Vaccination Hyderabad 1872-1889 - 1872-1889
Year: 1872
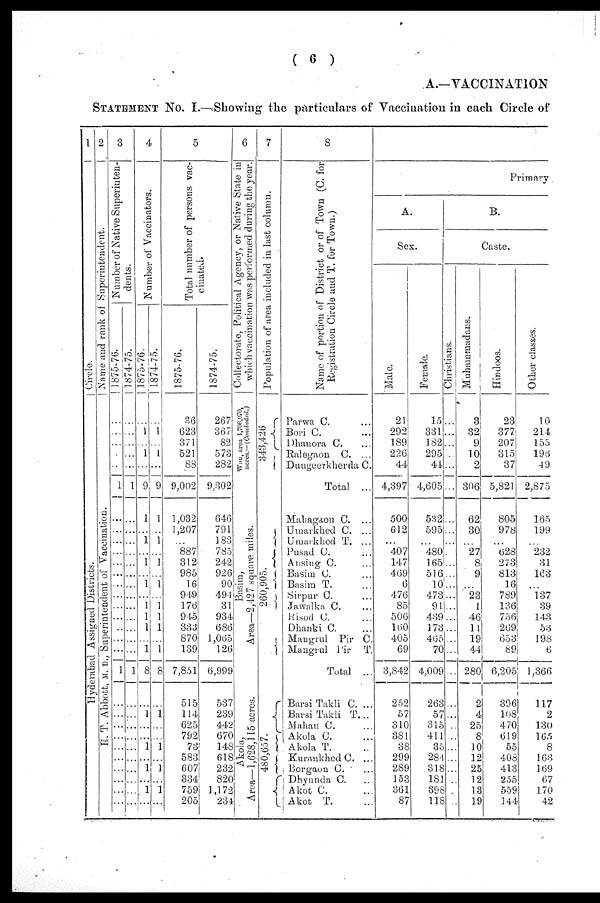
( 6 )
A.—VACCINATION
STATEMENT No. I.—Showing the particulars of Vaccination in each Circle of
1
Circle.
Hyderabad Assigned Districts.
2
Name and rank of Superintendent.
R. T. Abbott, H. D., Superintendent of Vaccination.
3
Number of Native Superinten-
dents.
1875-76.
...
...
...
...
...
1
...
...
...
...
...
...
...
...
...
...
...
...
...
1
...
...
...
...
...
...
...
...
...
...
1874-75.
...
...
...
...
...
1
...
...
...
...
...
...
...
...
...
...
...
...
...
1
...
...
...
...
...
...
...
...
...
...
4
Number of Vaccinators.
1875-76.
...
1
...
1
...
9
1
...
1
...
1
...
1
...
1
1
1
...
1
8
...
1
...
...
1
...
1
...
1
...
1874-75.
...
1
...
1
...
9
1
...
1
...
1
...
1
...
1
1
1
...
1
8
...
1
...
...
1
...
1
...
1
...
5
Total number of persons vac-
cinated.
1875-76.
36
623
371
521
88
9,002
1,032
1,207
...
887
312
985
16
949
176
945
333
870
139
7,851
515
114
625
792
73
583
607
334
759
205
1874-75.
267
367
82
573
282
9,302
646
791
183
785
242
926
90
494
31
934
686
1,065
126
6,999
537
239
442
670
148
618
232
820
1,172
234
6
Collectorate, Political Agency, or Native State in
which vaccination was performed during the year.
Wun, area 1,708,070,
acres.—(Concluded.)
Basim,
Area—2,427 square miles.
Akola,
Area—1,628,115 acres.
7
Population of area included in last column.
343,426
260,905.
480,657.
8
Name of portion of District or of Town (C. for
Registration Circle and T. for Town.)
Parwa C. ...
Bori C. ...
Dhanora C. ...
Ralegaon C. ...
Dungeerkherda C. ...
Total ...
Mahagaon C. ...
Urmarkhed C. ...
Umarkhed T. ...
Pusad C. ...
Arising C. ...
Basim C ...
Basim T. ...
Sirpur C. ...
Jawalka C. ...
Risod C. ...
Dhanki C. ...
Mangrul Pir C.
Mangrul Pir T.
Total ...
Barsi Takli C. ...
Barsi Takli T. ...
Mahan C. ...
Akola C. ...
Akola T. ...
Kurankhed C. ...
Borgaon C. ...
Dhyunda C. ...
Akot C. ...
Akot T. ...
Primary
A.
Sex.
Male.
21
292
189
226
44
4,397
500
612
...
407
147
469
6
476
85
506
160
405
69
3,842
252
57
310
381
38
299
289
153
361
87
Female.
15
331
182
295
44
4,605
532
595
...
480
165
516
10
473
91
439
173
465
70
4,009
263
57
315
411
35
284
318
181
398
118
B.
Caste.
Christians.
...
...
...
...
...
...
...
...
...
...
...
...
...
...
...
...
...
...
...
...
...
...
...
...
10
...
...
...
...
...
Muhammadans.
3
32
9
10
2
306
62
30
...
27
8
9
...
23
1
46
11
19
44
280
2
4
25
8
10
12
25
12
13
19
Hindoos.
23
377
207
315
37
5,821
805
978
...
628
273
813
16
789
136
756
269
653
89
6,205
396
108
470
619
55
408
413
255
559
144
Other classes.
10
214
155
196
49
2,875
165
199
...
232
31
163
...
137
39
143
53
198
6
1,366
117
2
130
165
8
163
169
67
170
42